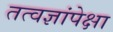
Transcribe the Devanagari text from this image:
तत्वज्ञांपेक्षा